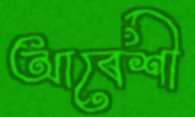
আবেশী